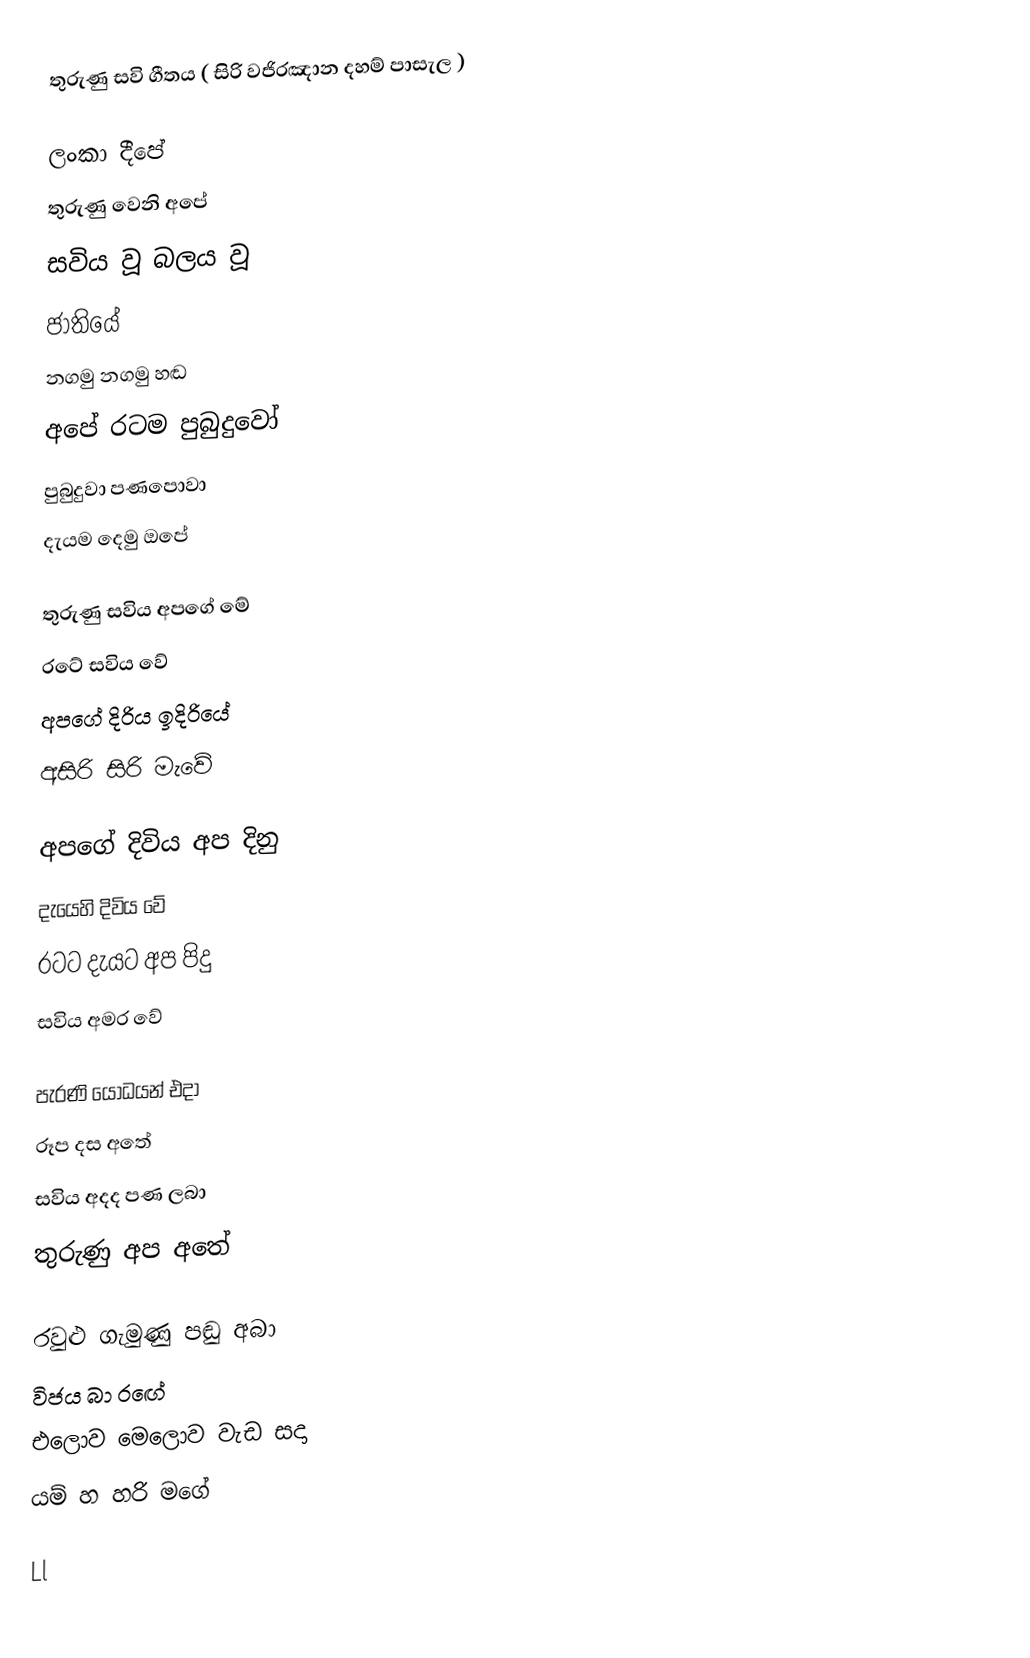
තුරුණු සවි ගීතය ( සිරි වජිරඤාන දහම් පාසැල )

ලංකා දීපේ
තුරුණු වෙනි අපේ
සවිය වූ බලය වූ
ජාතියේ
නගමු නගමු හඬ
අපේ රටම පුබුදුවෝ
පුබුදුවා පණපොවා
දැයම දෙමු ඔපේ

තුරුණු සවිය අපගේ මේ
රටේ සවිය වේ
අපගේ දිරිය ඉදිරියේ
අසිරි සිරි මැවේ

අපගේ දිවිය අප දිනු
දැයෙහි දිවිය වේ
රටට දැයට අප පිදු
සවිය අමර වේ

පැරණි යෝධයන් එදා
රූප දස අතේ
සවිය අදද පණ ලබා
තුරුණු අප අතේ

රවුළු ගැමුණු පඬු අබා
විජය බා රඟේ
එලොව මෙලොව වැඩ සදා
යම් හ හරි මගේ

Ll